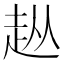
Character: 𧺣